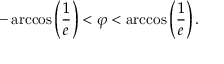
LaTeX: - \operatorname { a r c c o s } \left( { \frac { 1 } { e } } \right) < \varphi < \operatorname { a r c c o s } \left( { \frac { 1 } { e } } \right) .